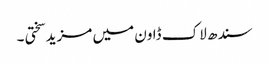
سندھ لاک ڈاون میں مزید سختی ۔